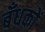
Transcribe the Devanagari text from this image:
बँधकों